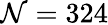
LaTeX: \mathcal{N}=324